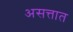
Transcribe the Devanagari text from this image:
असत्तात